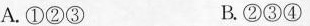
A.①②③ B.②③④